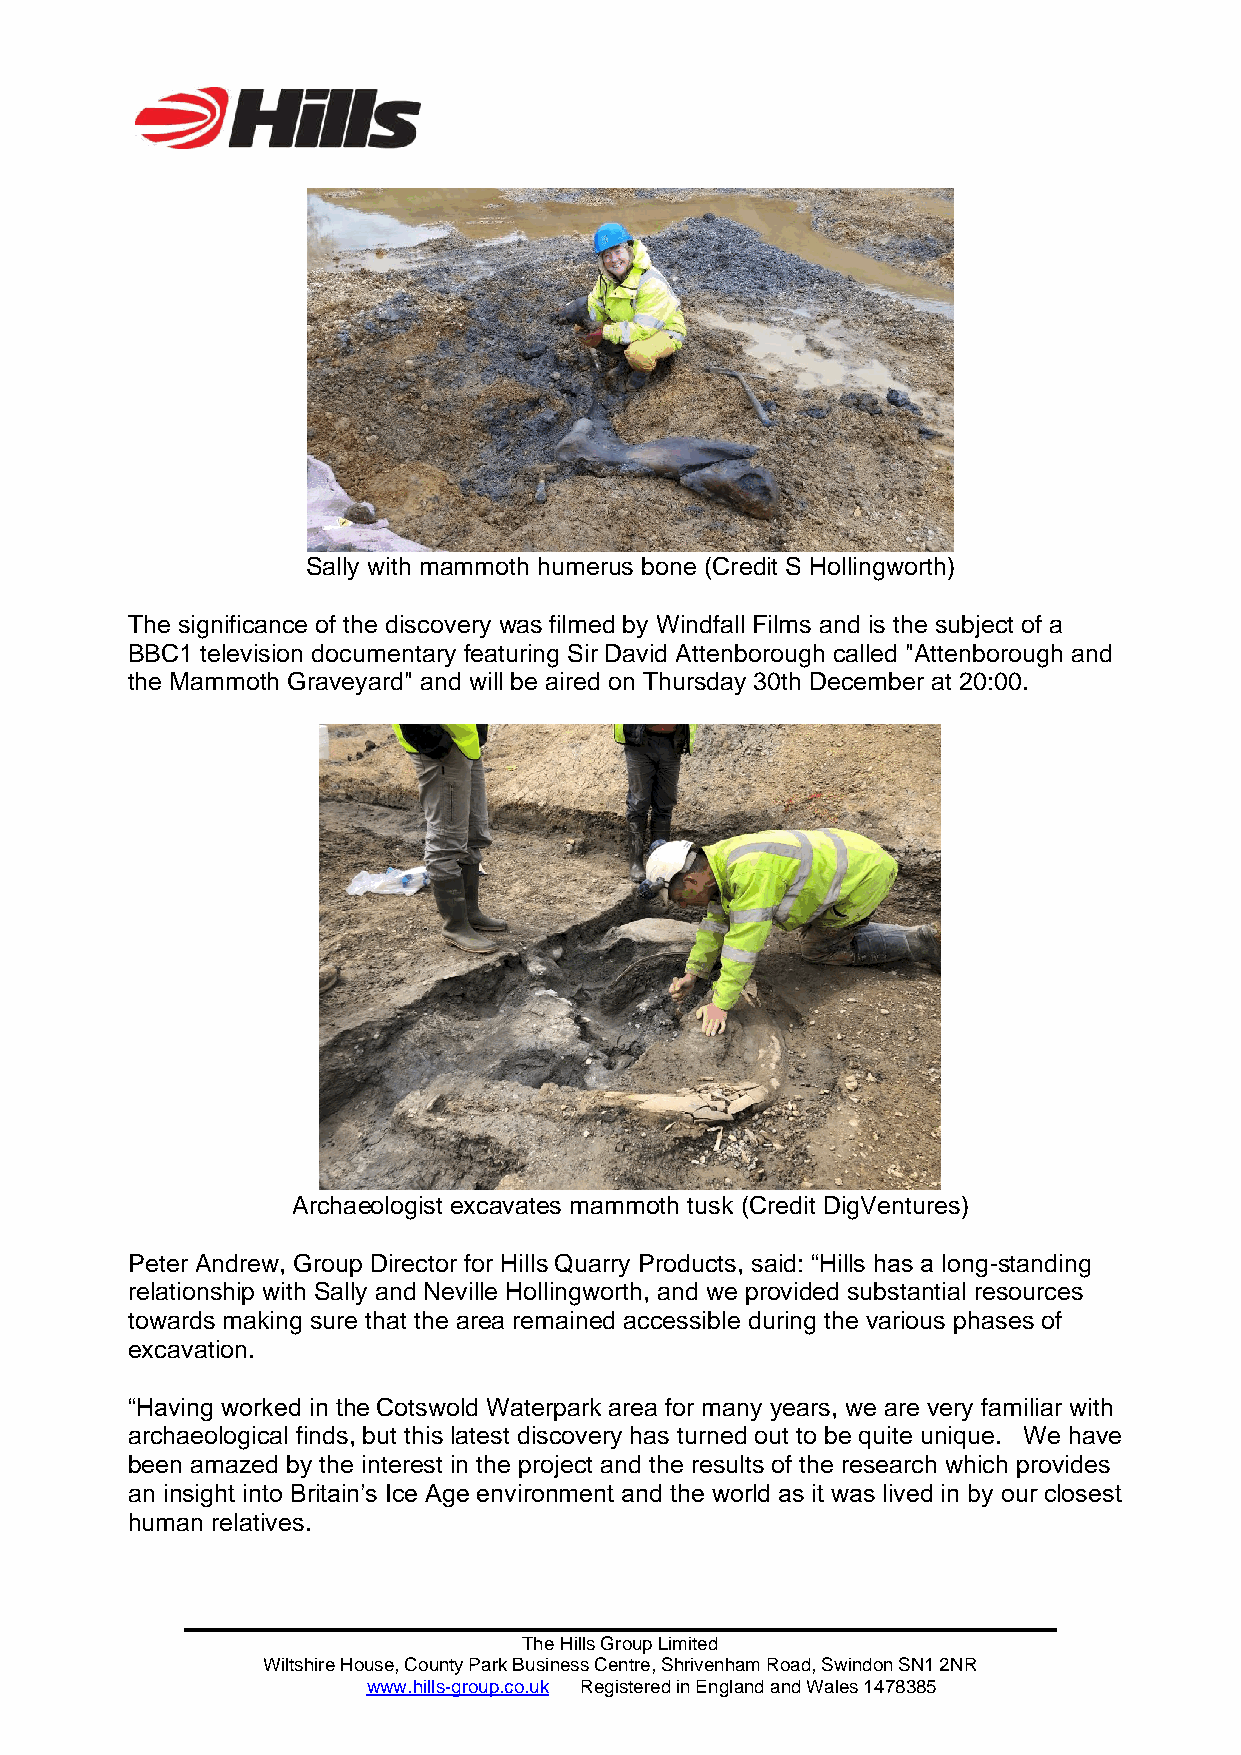
Sally with mammoth humerus bone (Credit S Hollingworth)
 The significance of the discovery was filmed by Windfall Films and is the subject of a
 BBC1 television documentary featuring Sir David Attenborough called "Attenborough and
 the Mammoth Graveyard" and will be aired on Thursday 30th December at 20:00.
 Archaeologist excavates mammoth tusk (Credit DigVentures)
 Peter Andrew, Group Director for Hills Quarry Products, said: “Hills has a long-standing
 relationship with Sally and Neville Hollingworth, and we provided substantial resources
 towards making sure that the area remained accessible during the various phases of
 excavation.
 “Having worked in the Cotswold Waterpark area for many years, we are very familiar with
 archaeological finds, but this latest discovery has turned out to be quite unique. We have
 been amazed by the interest in the project and the results of the research which provides
 an insight into Britain’s Ice Age environment and the world as it was lived in by our closest
 human relatives.
 The Hills Group Limited
 Wiltshire House, County Park Business Centre, Shrivenham Road, Swindon SN1 2NR
 www.hills-group.co.uk Registered in England and Wales 1478385